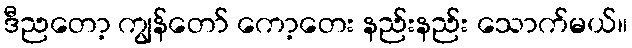
ဒီညတော့ ကျွန်တော် ကော့တေး နည်းနည်း သောက်မယ်။